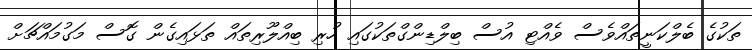
ތަކުގެ ބެލްކަނީތައްވެސް ވެއްޓި އުސް ބިލްޑިންގްތަކުގައި ހުރި ބިއްލޫރިތައް ތަޅައިގެން ގޮސް މަގުމައްޗަށް